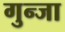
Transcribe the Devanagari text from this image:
गुन्जा